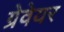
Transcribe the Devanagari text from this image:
ग्रेवेयर